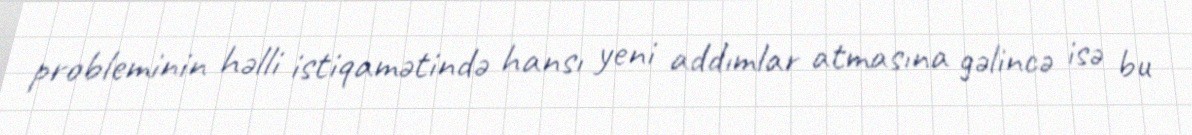
probleminin həlli istiqamətində hansı yeni addımlar atmasına gəlincə isə bu